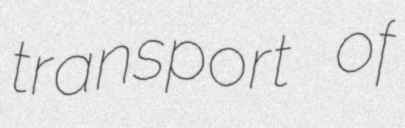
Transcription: transport of